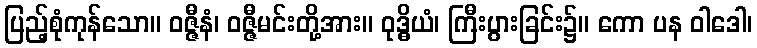
ပြည့်စုံကုန်သော။ ဝဇ္ဇီနံ၊ ဝဇ္ဇီမင်းတို့အား။ ဝုဒ္ဓိယံ၊ ကြီးပွားခြင်း၌။ ကော ပန ဝါဒေါ၊